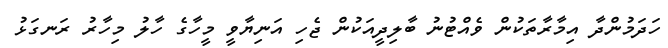
ހަދަމުންދާ އިމާރާތަކުން ވެއްޓުނު ބާލިދީއަކުން ޖެހި އަނިޔާވީ މީހާގެ ހާލު މިހާރު ރަނގަޅު